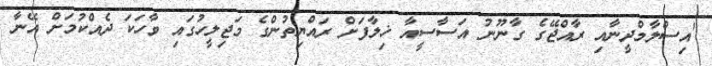
"އިސްލާމްދީނާއި ރާއްޖޭގެ ގާނޫނު އަސާސީއާ ޚިލާފަށް ރައްޔިތުންގެ މަޖިލީހުގައި ވާހަކަ ދެއްކުމަށް އޭނާ